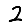
Digit: 2